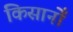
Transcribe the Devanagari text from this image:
किसानोँ